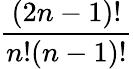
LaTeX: \frac{(2n-1)!}{n!(n-1)!}